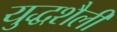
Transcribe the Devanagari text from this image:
युद्धशैली